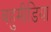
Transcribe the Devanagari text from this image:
बहुमीडिया